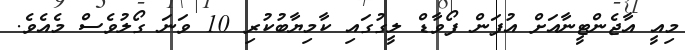
މިއީ އާޖެންޓީނާއަށް އުފަން ފޯވާޑް ލީގުގައި ކާމިޔާބުކުރި 10 ވަނަ ގޯލުވެސް މެއެވެ.